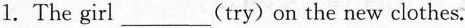
1. The girl___(try) on the new clothes.